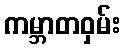
ကမ္ဘာတဝှမ်း